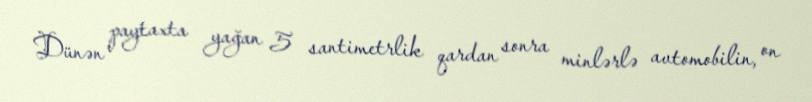
Dünən paytaxta yağan 5 santimetrlik qardan sonra minlərlə avtomobilin, on